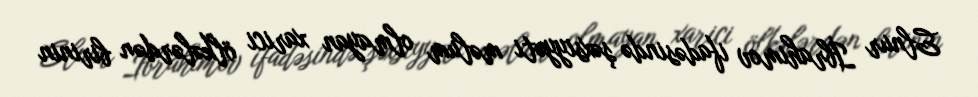
Elnur İbrahimov ifadəsində şəxsiyyəti məlum olmayan xarici ölkələrdən birinin